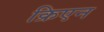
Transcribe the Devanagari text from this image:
क्रिएन